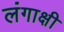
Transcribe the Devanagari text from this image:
लंगाक्षी